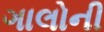
ગાલોની